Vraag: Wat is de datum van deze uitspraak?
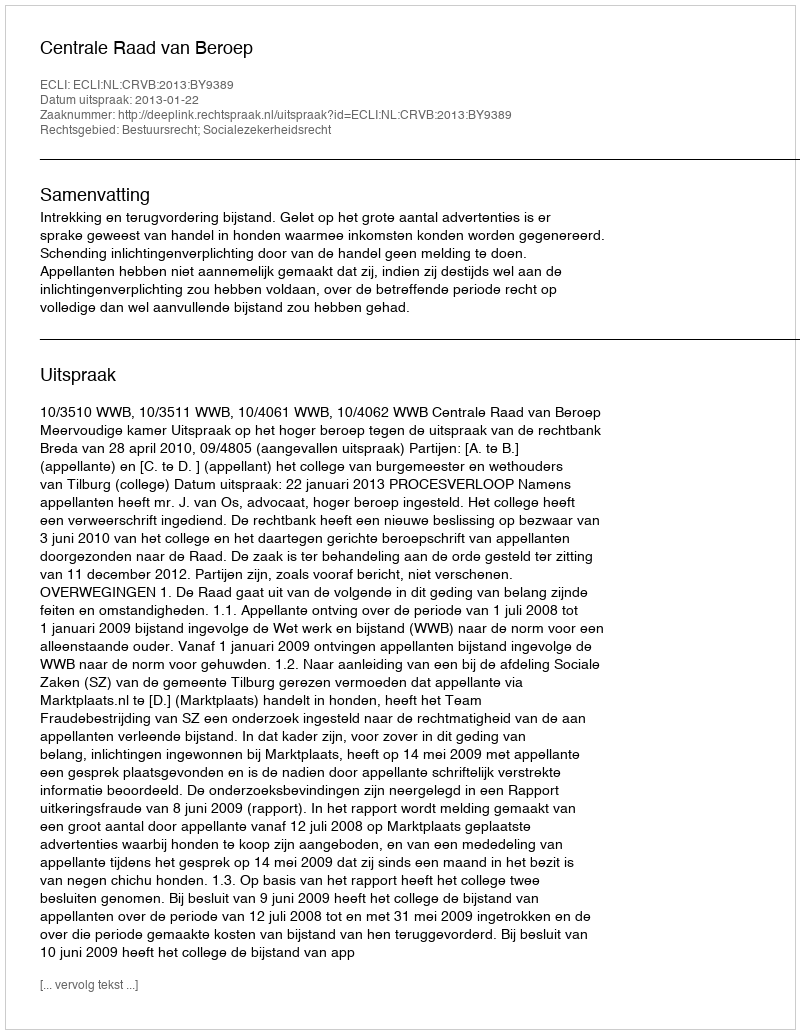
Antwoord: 2013-01-22